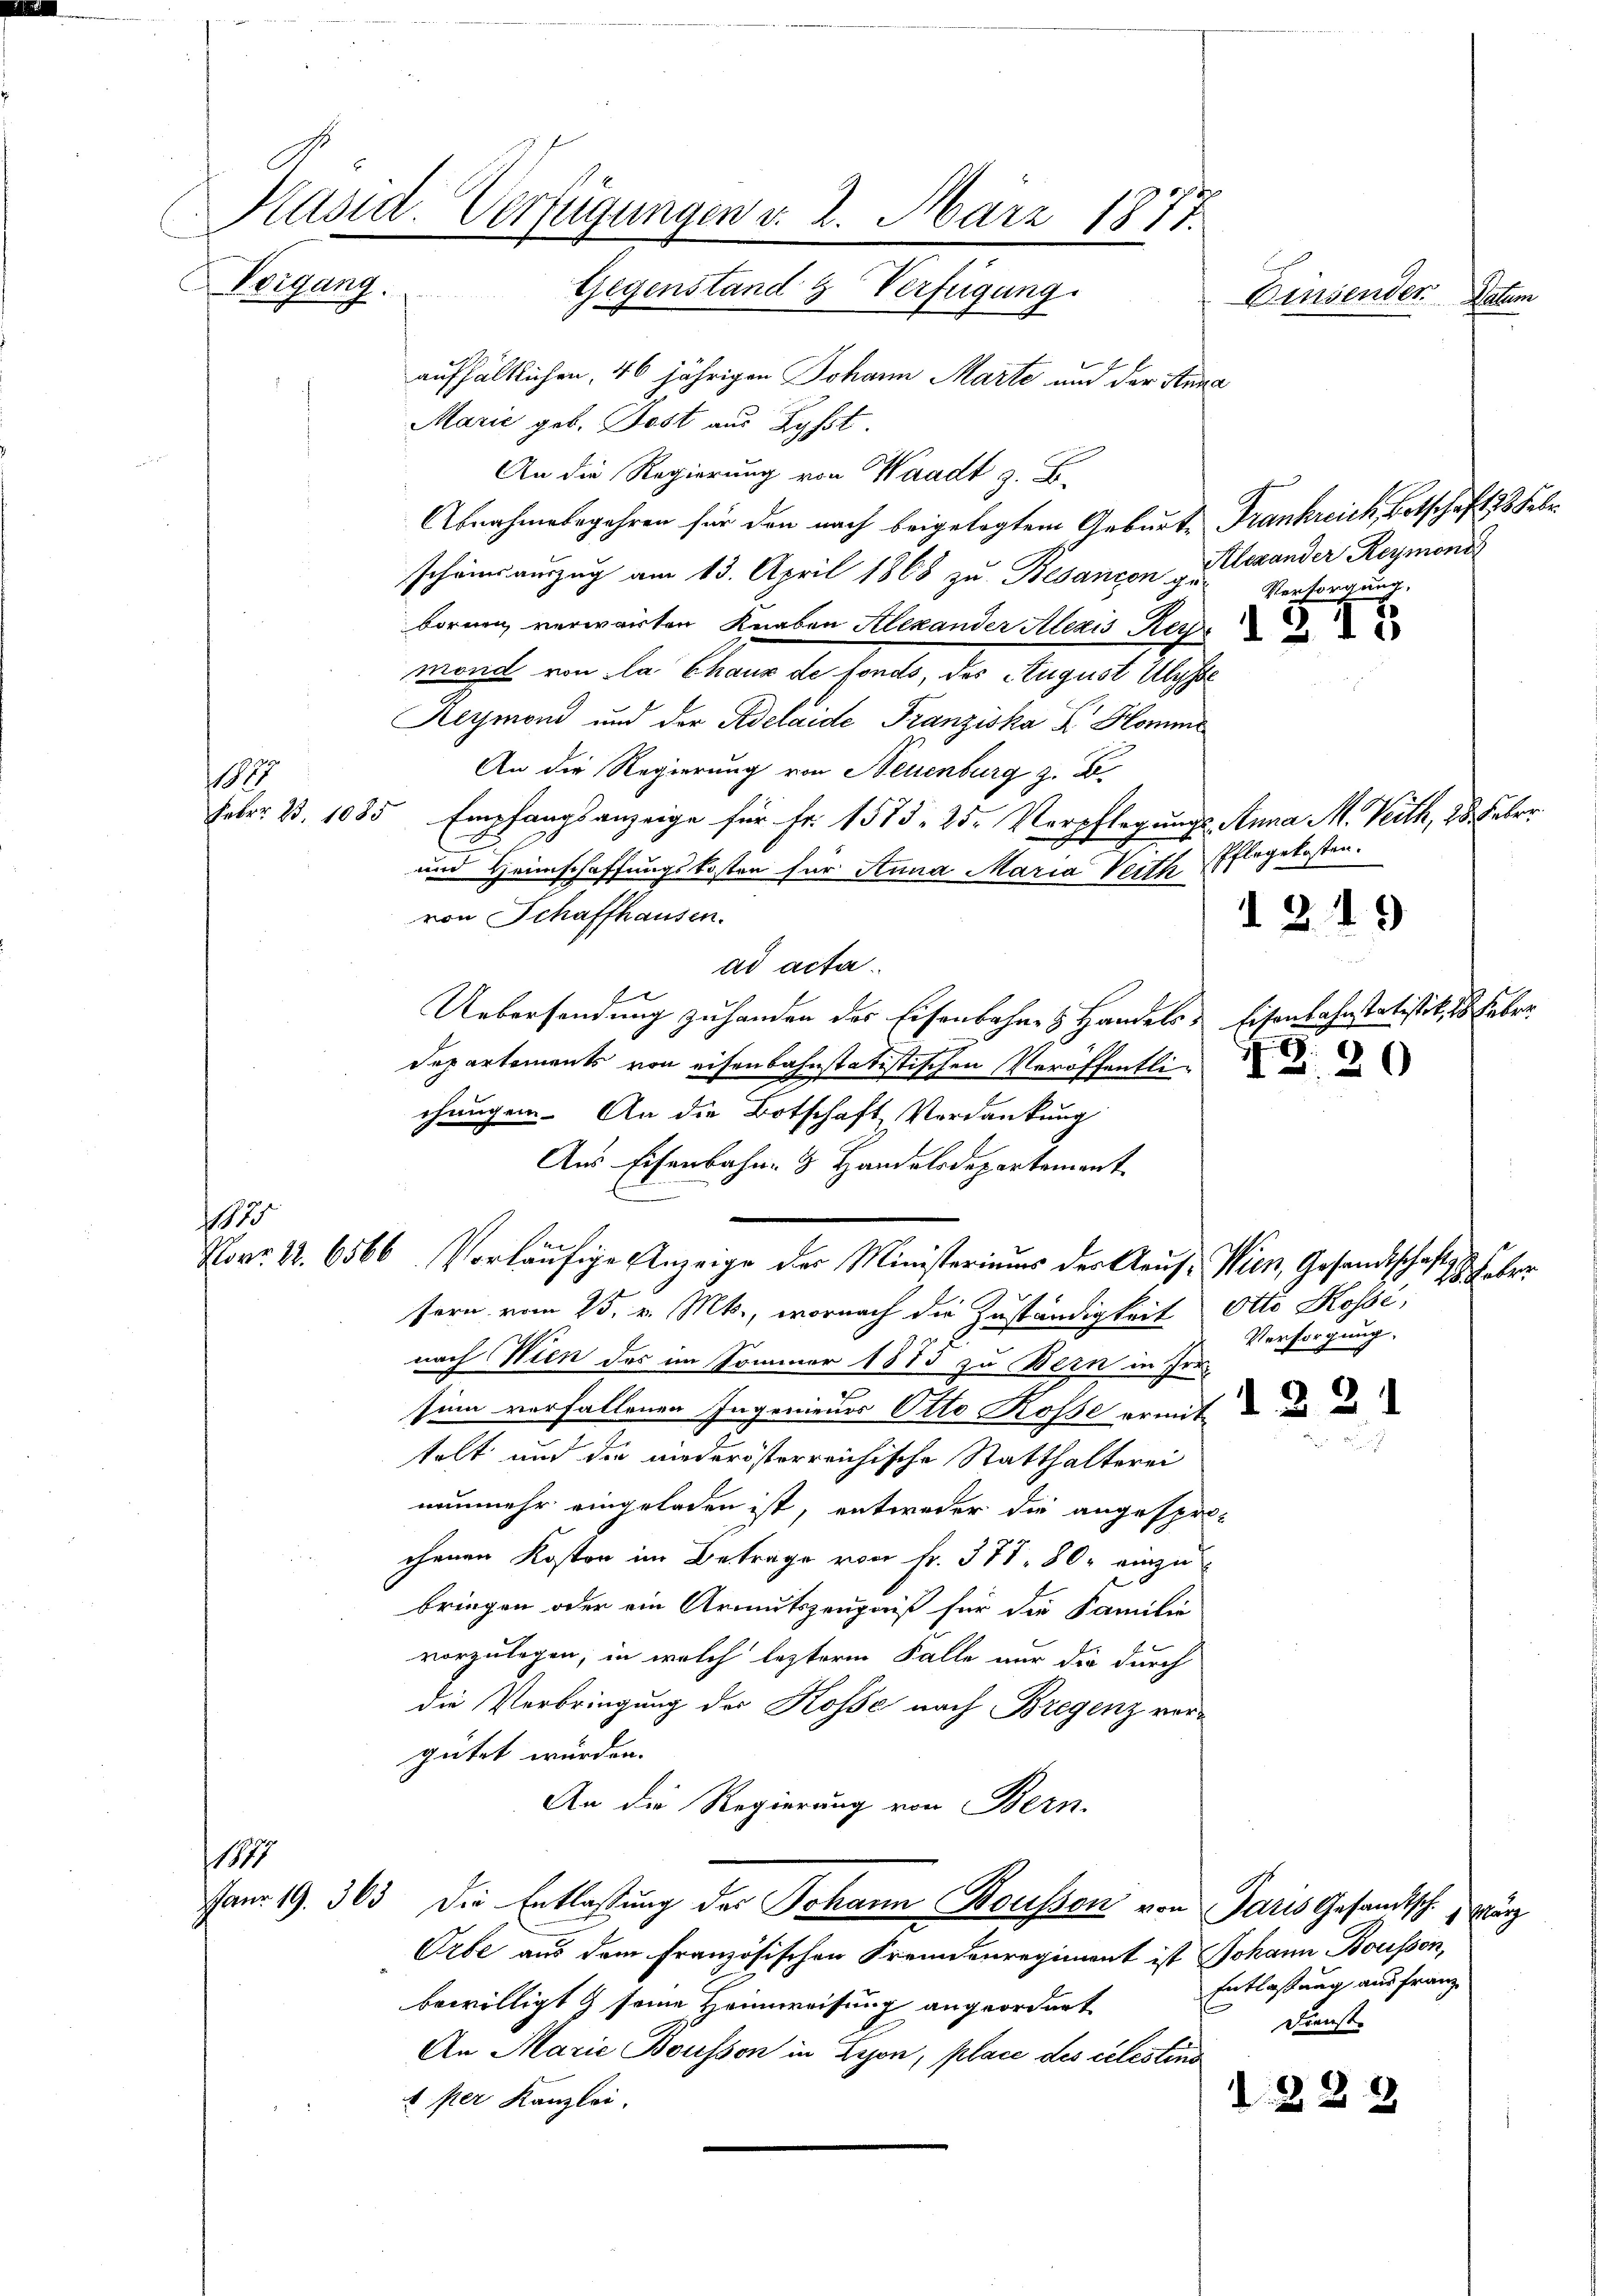
5

aufhältlichen, 46 jährigen Johann Marte und der Stana
Marie geb. Jost aus Rysst.
An die Regierung von Waadt z. B.
Abnahmebegehren für den nach beigelegtem Geburte Frankreich, Botschaft 38 Febr
scheinsauszug am 13. April 1868 zu Besançon Alexander Reymoni
Versorgung.
bornen verwarten Knaben Alexander Alezis Herr
mond von da Chaux de fonds, des August Ulysse
Reymond und der Adelaide Franziska R. Komme
An die Regierung von Neuenburg z. B.
Feber B. 1085 Empfangsanzeige für Fr. 1573. 25. Verpflegungs-Anna M. Veith, 28. Febr.
Pflegekosten.
und Heimschaffungskosten für Anna Maria Verth
von Schaffhausen.
d 219
ad acta.
4
E
Uebersendung zu handen des Eisenbahnes Handels Eisenbahnstatistik 18. Feber
Departements von eisenbahnstatistischen Veröffentlichungen. An die Botschaft Verdankung
Aus Eisenbahn- & Handelsdepartement
Nov. 1. 6566. Vorläufige Anzeige der Ministeriums der Kauf- Wien, Gesandtschafts-
Weber
sern vom 25. v. Mts., wornach die Zuständigkeit Otto Kossé,
Versorgung.
nach Wien des im Sommer 1873 zu Bern in Irrsinn verfallenen Ingenieurs Otto Rosse ermit de
.
telt und die niederösterreichische Statthalterei
nunmehr eingeladen ist, entweder die angesprochenen Kosten im Betrage von Fr. 371, 80, einzu-
bringen oder ein Armutszeugniß für die Familie
vorzulegen, in welch lezterm Falle nur die durch
die Verbringung der Kosse nach Bregenz vorgütet würden.
An die Regierung von Bern.
1817
Janr. 19. 363 die Entlaßung des Johann Bousson von Paris Gesandtsch.
Mar
Orbe aus dem französischen Fremdenregiment ist Johann Bousson,
Entlaßung aus franz
bewilligt & seine Heimweisung angeordnet
Dienste
An Marie Bousson in Lyon, place des celestins
1 per Kanzlei.
328

88

Präsid. Verfügungen d. 2. März 1877.
.
Vorgang. Gegenstand & Verfügung.
Einsenden Datum